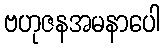
ဗဟုဇနအမနာပေါ